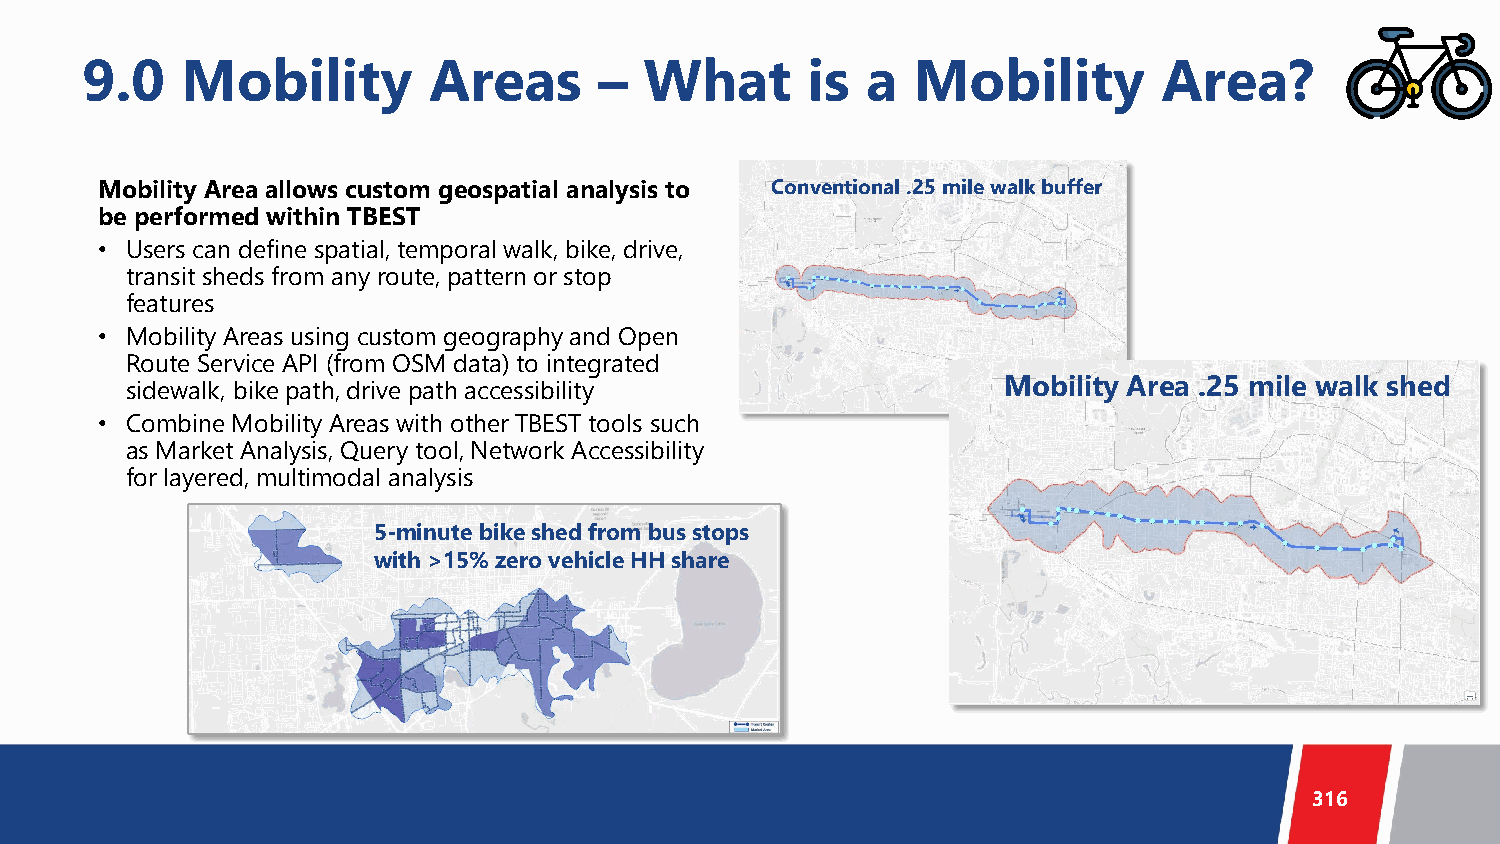
9.0    Mobility        Areas       –  What      is  a  Mobility         Area?
 Mobility Area allows custom geospatial analysis to Conventional .25 mile walk buffer
 be performed within TBEST
 • Users can define spatial, temporal walk, bike, drive,
 transit sheds from any route, pattern or stop
 features
 • Mobility Areas using custom geography and Open
 Route Service API (from OSM data) to integrated
 sidewalk, bike path, drive path accessibility             Mobility Area .25 mile walk shed
 • Combine Mobility Areas with other TBEST tools such
 as Market Analysis, Query tool, Network Accessibility
 for layered, multimodal analysis
 5-minute bike shed from bus stops
 with >15% zero vehicle HH share
 316